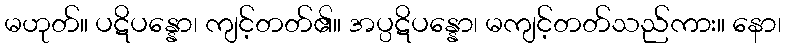
မဟုတ်။ ပဋိပန္နော၊ ကျင့်တတ်၏။ အပ္ပဋိပန္နော၊ မကျင့်တတ်သည်ကား။ နော၊